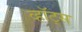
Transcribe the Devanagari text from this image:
व्हॉट्स